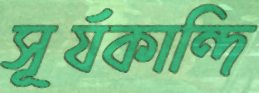
সূর্যকান্দি